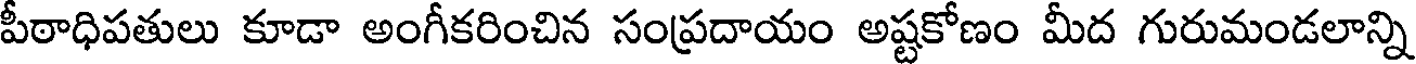
పీఠాధిపతులు కూడా అంగీకరించిన సంప్రదాయం అష్టకోణం మీద గురుమండలాన్ని